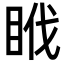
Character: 𥅩